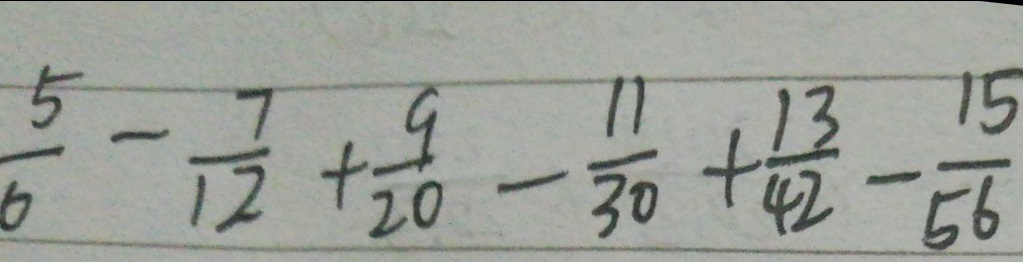
\frac { 5 } { 6 } - \frac { 7 } { 1 2 } + \frac { 9 } { 2 0 } - \frac { 1 1 } { 3 0 } + \frac { 1 3 } { 4 2 } - \frac { 1 5 } { 5 6 }